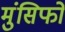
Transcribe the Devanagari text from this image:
मुंसिफों